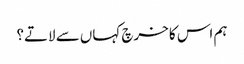
ہم اس کا خرچ کہاں سے لاتے؟